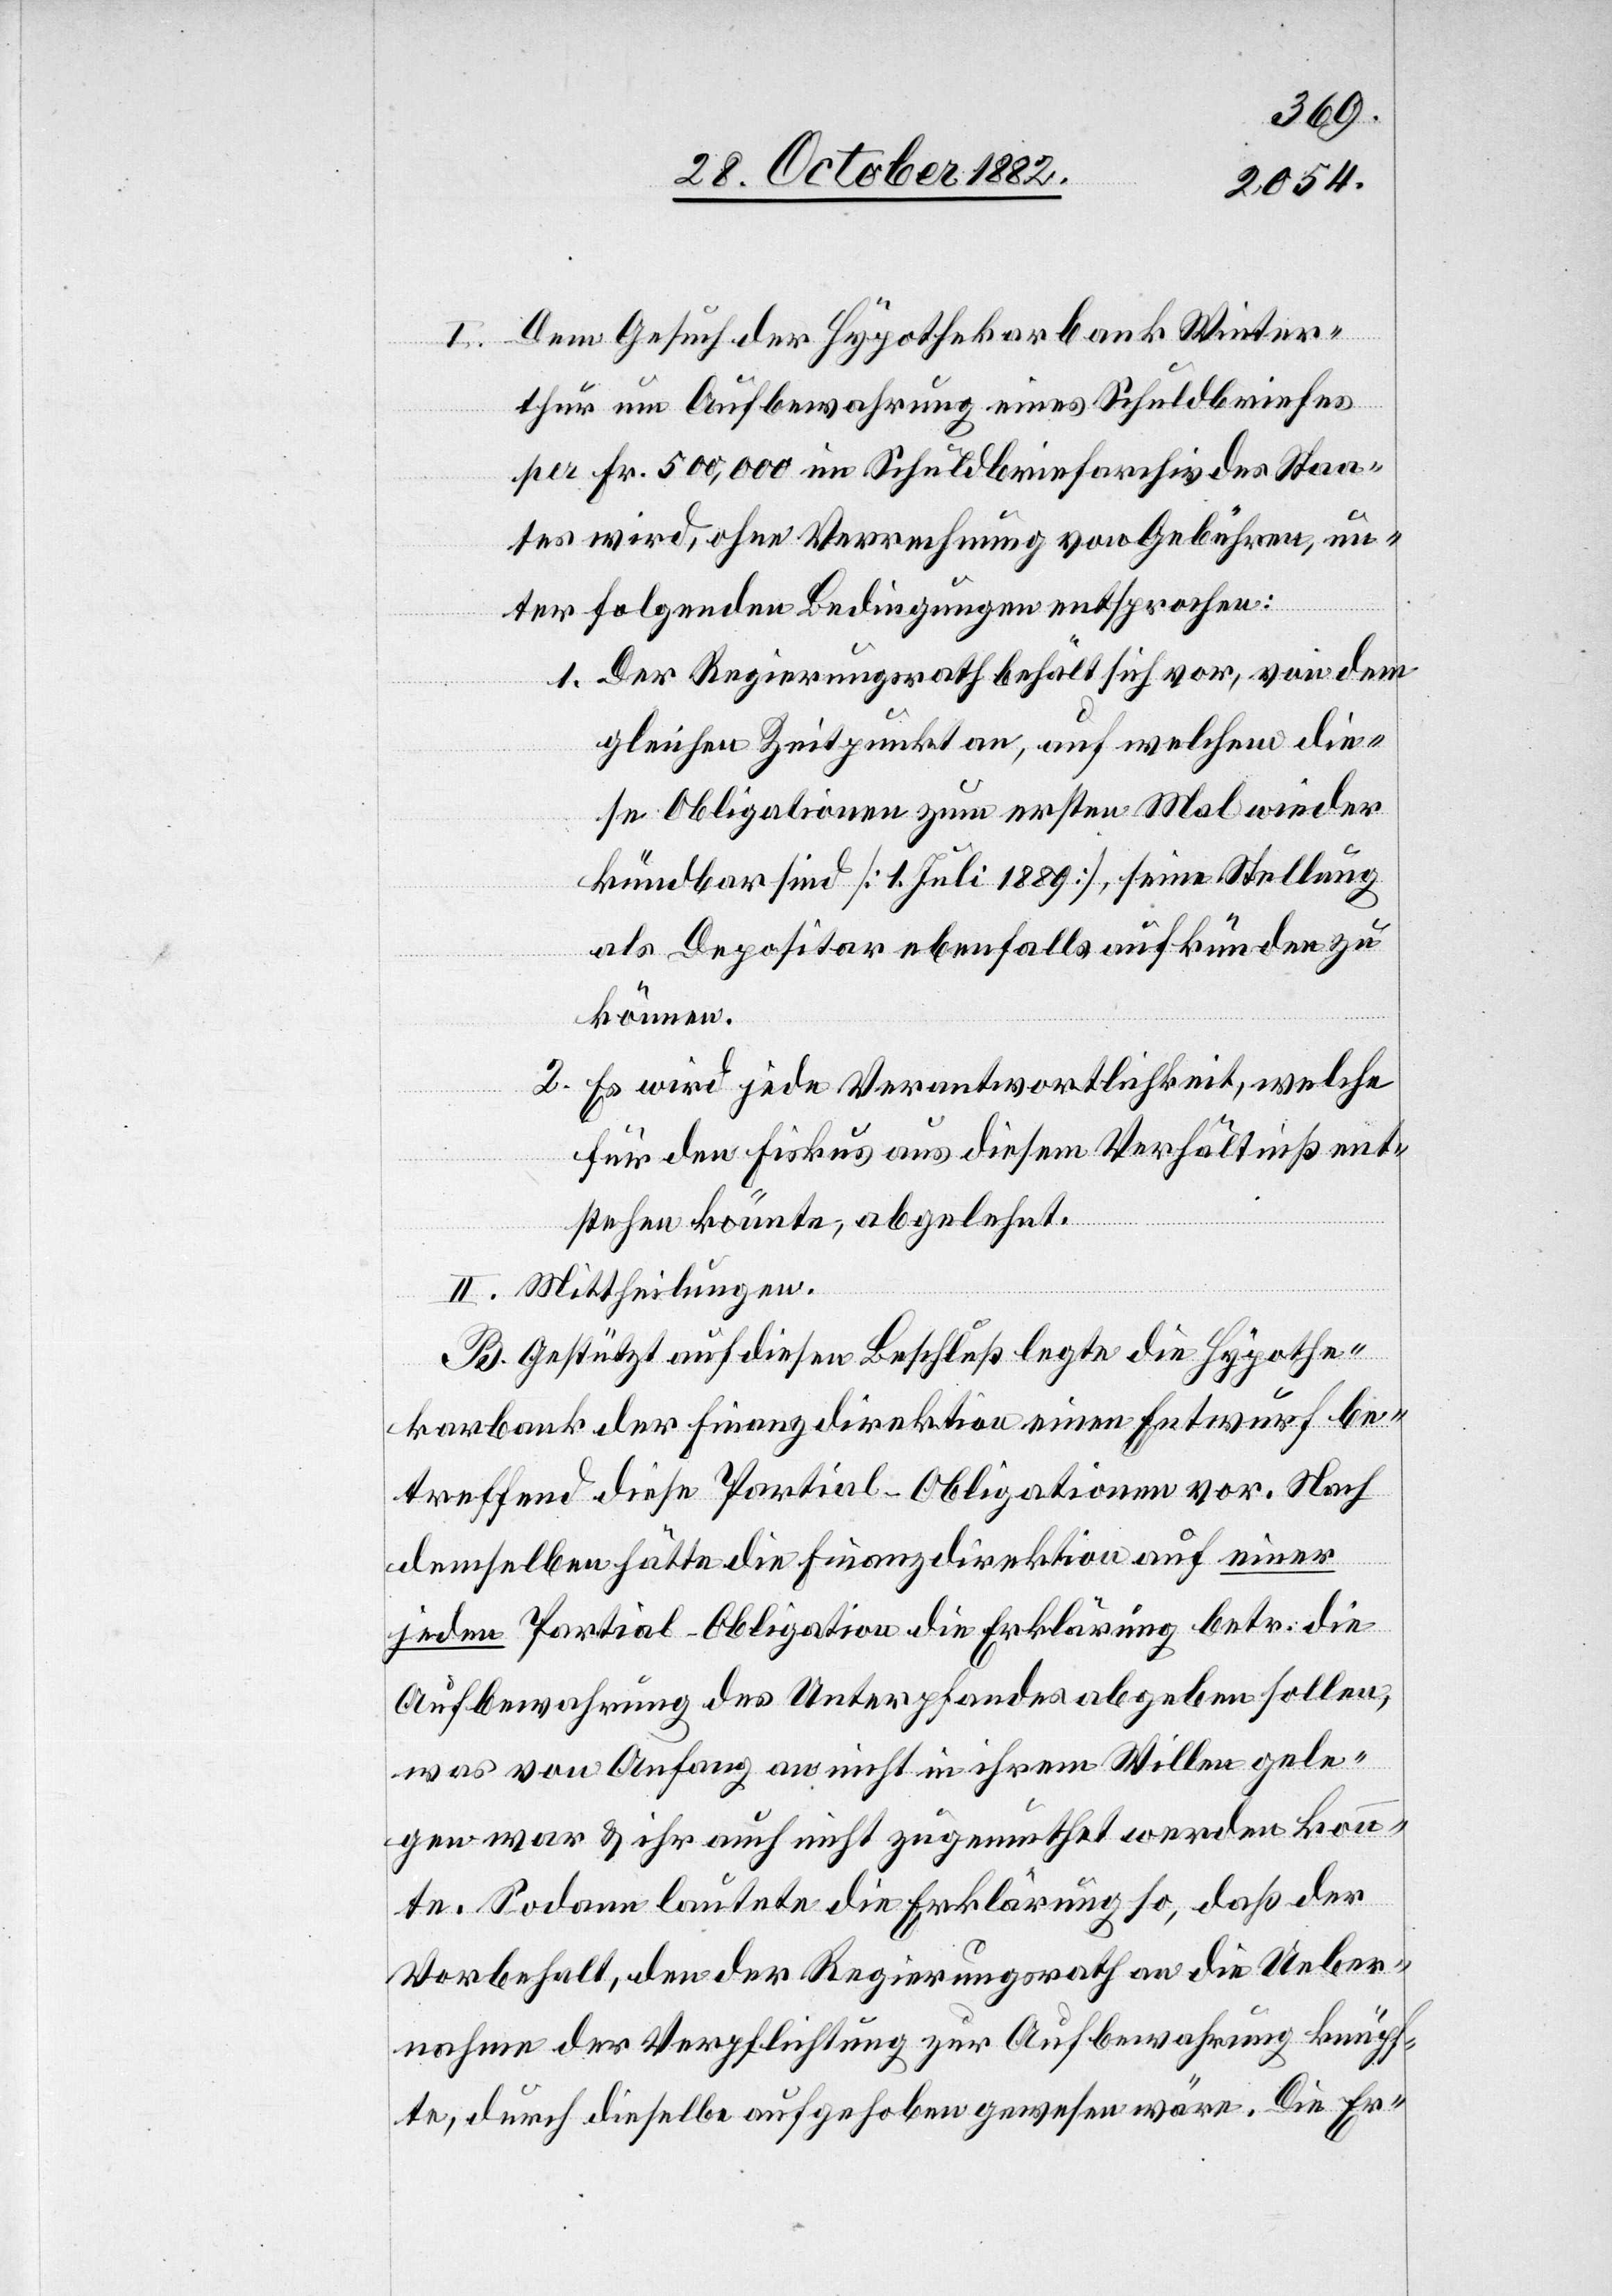
I. Dem Gesuch der Hypothekarbank Winter¬
thur um Aufbewahrung eines Schuldbriefes
per Fr. 500,000 im Schuldbriefarchiv des Staa¬
tes wird, ohne Verrechnung von Gebühren, un¬
ter folgenden Bedingungen entsprochen:
1. Der Regierungsrath behält sich vor, von dem
gleichen Zeitpunkt an, auf welchem die¬
se Obligationen zum ersten Mal wieder
kündbar sind [1. Juli 1889], seine Stellung
als Depositar ebenfalls aufkünden zu
können.
2. Es wird jede Verantwortlichkeit, welche
für den Fiskus aus diesem Verhältniß ent¬
stehen könnte, abgelehnt.
II. Mittheilungen.
B. Gestützt auf diesen Beschluß legte die Hypothe¬
karbank der Finanzdirektion einen Entwurf be¬
treffend diese Partial-Obligationen vor. Nach
demselben hätte die Finanzdirektion auf einer
jeden Partial-Obligation die Erklärung betr. die
Aufbewahrung des Unterpfandes abgeben sollen,
was von Anfang an nicht in ihrem Willen gele¬
gen war & ihr auch nicht zugemuthet werden konn¬
te. Sodann lautete die Erklärung so, daß der
Vorbehalt, den der Regierungsrath an die Ueber¬
nahme der Verpflichtung zur Aufbewahrung knüpf¬
te, durch dieselbe aufgehoben gewesen wäre. Die Er-